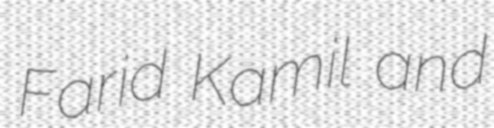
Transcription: Farid Kamil and